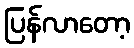
ပြန်လာတော့